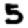
Digit: 5